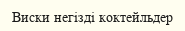
Виски негізді коктейльдер